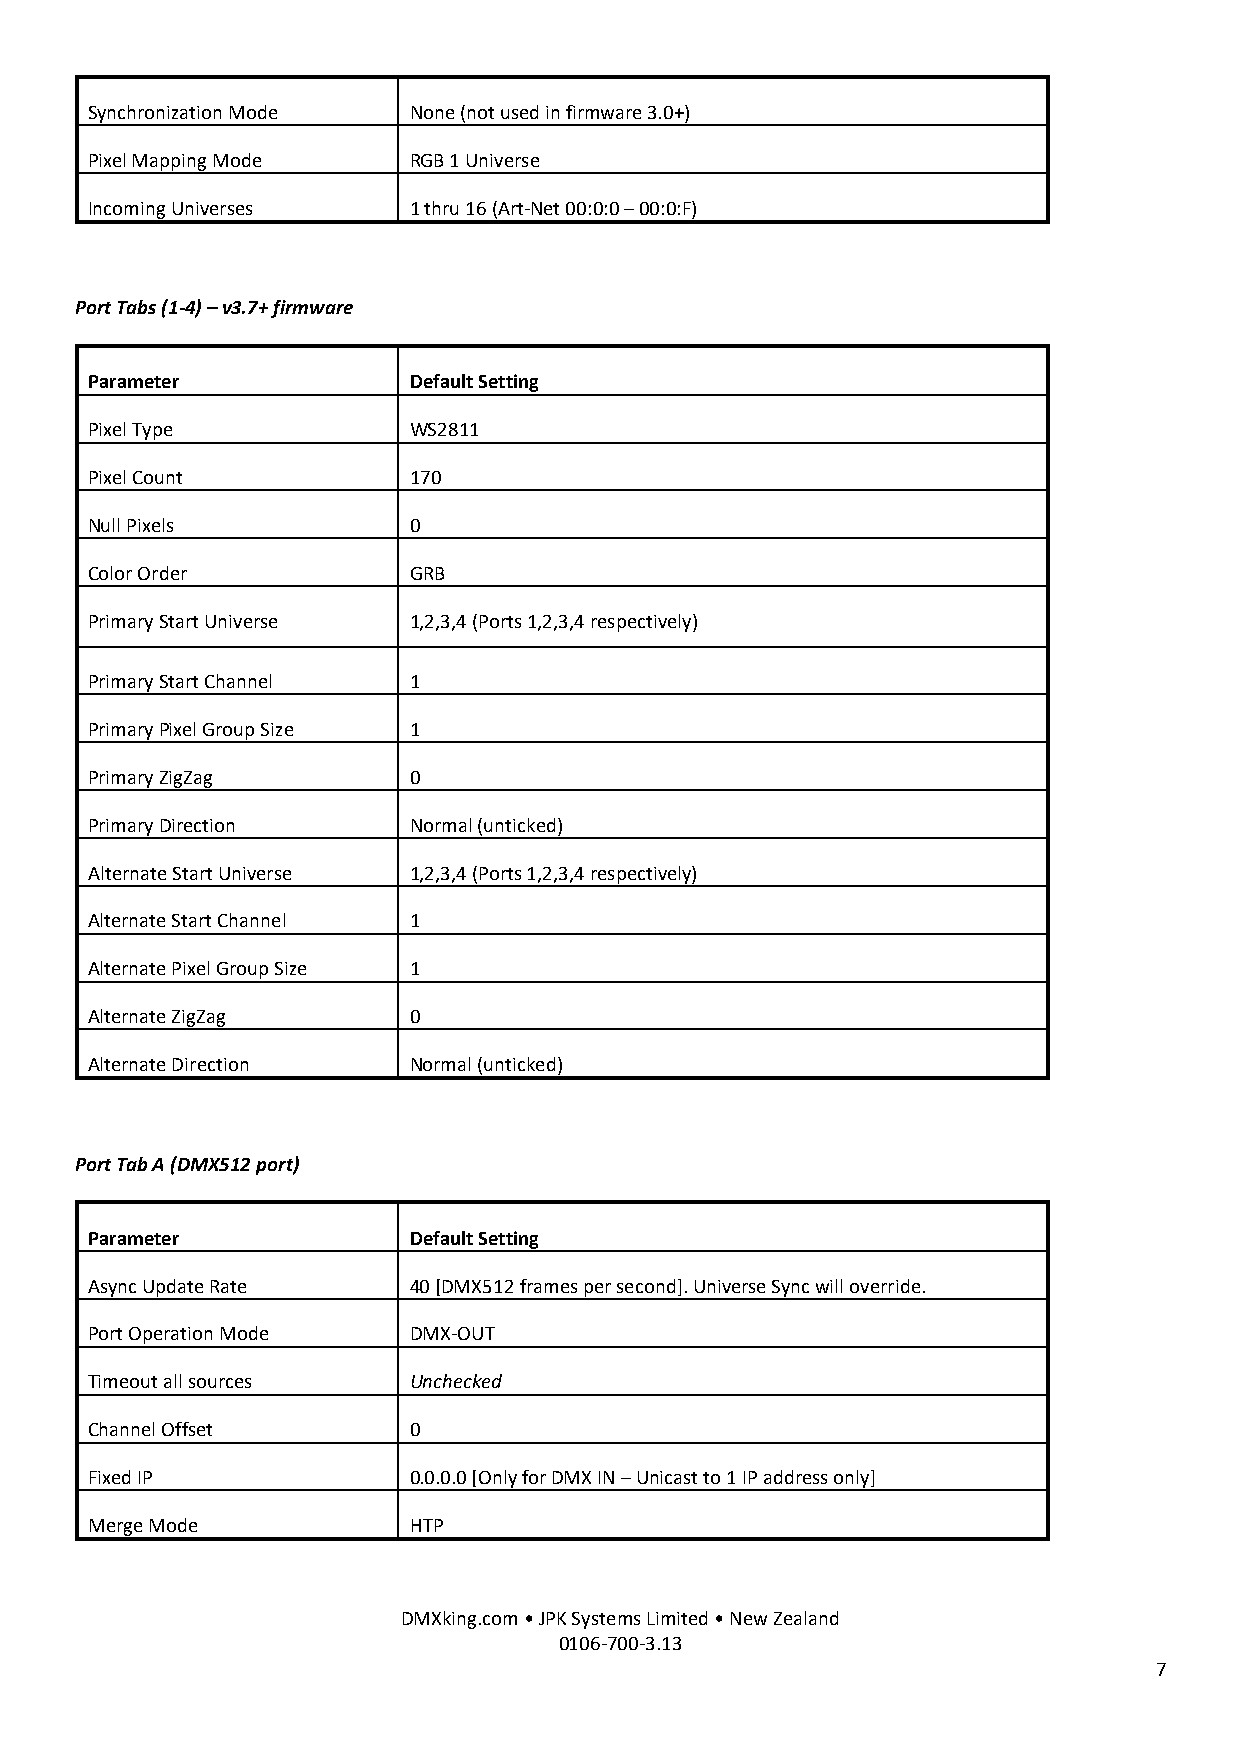
Synchronization Mode None (not used in firmware 3.0+)
 Pixel Mapping Mode   RGB 1 Universe
 Incoming Universes   1 thru 16 (Art-Net 00:0:0 – 00:0:F)
 Port Tabs (1-4) – v3.7+ firmware
 Parameter            Default Setting
 Pixel Type           WS2811
 Pixel Count          170
 Null Pixels          0
 Color Order          GRB
 Primary Start Universe 1,2,3,4 (Ports 1,2,3,4 respectively)
 Primary Start Channel 1
 Primary Pixel Group Size 1
 Primary ZigZag       0
 Primary Direction    Normal (unticked)
 Alternate Start Universe 1,2,3,4 (Ports 1,2,3,4 respectively)
 Alternate Start Channel 1
 Alternate Pixel Group Size 1
 Alternate ZigZag     0
 Alternate Direction  Normal (unticked)
 Port Tab A (DMX512 port)
 Parameter            Default Setting
 Async Update Rate    40 [DMX512 frames per second]. Universe Sync will override.
 Port Operation Mode  DMX-OUT
 Timeout all sources  Unchecked
 Channel Offset       0
 Fixed IP             0.0.0.0 [Only for DMX IN – Unicast to 1 IP address only]
 Merge Mode           HTP
 DMXking.com • JPK Systems Limited • New Zealand
 0106-700-3.13
 7